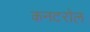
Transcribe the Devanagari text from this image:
कनटरोल